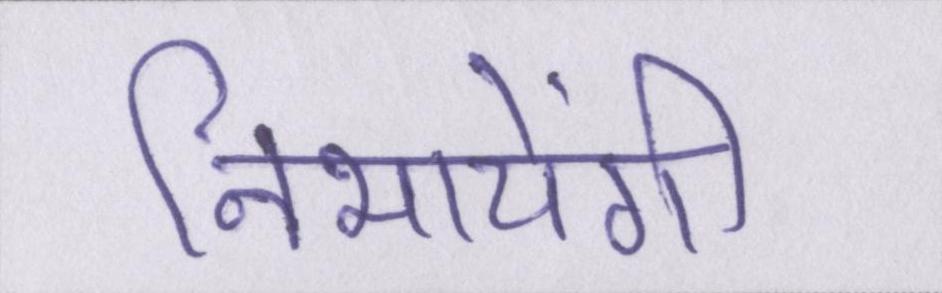
निभायेंगी